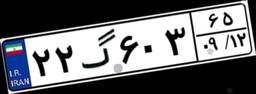
۷۱گ۹۵۹۹۲